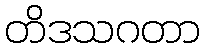
တိဒသဂတာ